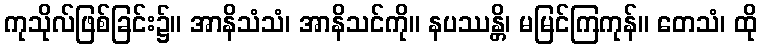
ကုသိုလ်ဖြစ်ခြင်း၌။ အာနိသံသံ၊ အာနိသင်ကို။ နပဿန္တိ၊ မမြင်ကြကုန်။ တေသံ၊ ထို